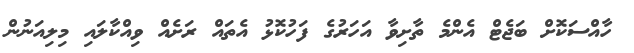
ހާއްސަކޮށް ބަޖެޓް އެންމެ ތާށިވާ އަހަރުގެ ފަހުކޮޅު އެތައް ރަށެއް ވިއްކާލައި މިލިއަނުން